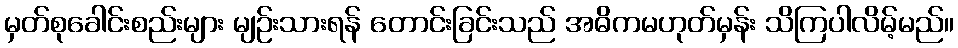
မှတ်စုခေါင်းစည်းများ မျဉ်းသားရန် တောင်းခြင်းသည် အဓိကမဟုတ်မှန်း သိကြပါလိမ့်မည်။